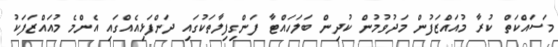
މަސައްކަތް ކުރާ މުއައްޒަފުން މަދުވުމުން ކުދިން ބަލަހައްޓާ ފަންގިފިލާތަކުގައި ދަންފަޅިއެއްގައި އެންމެ މުއައްޒަފަކު